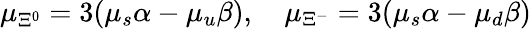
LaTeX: {\mu}_{{\Xi}^{0}}=3({\mu}_{s}\alpha-{\mu}_{u}\beta),\quad{\mu}_{{\Xi}^{-}}=3({\mu}_{s}\alpha-{\mu}_{d}\beta)